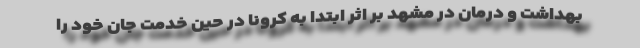
بهداشت و درمان در مشهد بر اثر ابتدا به کرونا در حین خدمت جان خود را